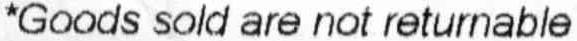
*GOODS SOLD ARE NOT RETURNABLE